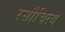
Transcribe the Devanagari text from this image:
रसौचित्य